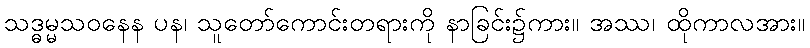
သဒ္ဓမ္မသဝနေန ပန၊ သူတော်ကောင်းတရားကို နာခြင်း၌ကား။ အဿ၊ ထိုကာလအား။